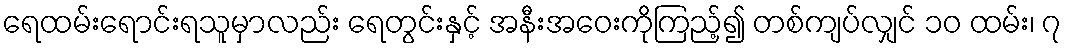
ရေထမ်းရောင်းရသူမှာလည်း ရေတွင်းနှင့် အနီးအဝေးကိုကြည့်၍ တစ်ကျပ်လျှင် ၁၀ ထမ်း၊ ၇